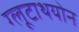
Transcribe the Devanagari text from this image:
ग्लूटाथयोन